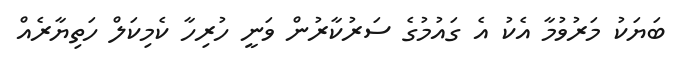
ބަޔަކު މަރުވުމާ އެކު އެ ގައުމުގެ ސަރުކާރުން ވަނީ ހުރިހާ ކެމިކަލް ހަތިޔާރެއް